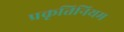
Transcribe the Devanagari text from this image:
प्रकृतिनियम